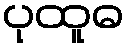
ပုထူဓ